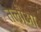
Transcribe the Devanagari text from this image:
तलौआ